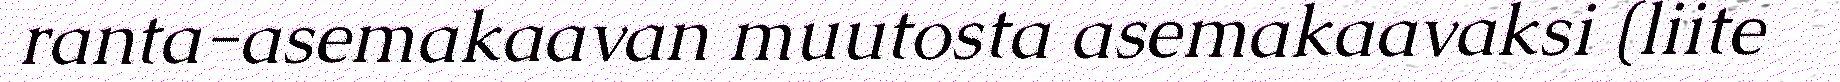
ranta-asemakaavan muutosta asemakaavaksi (liite